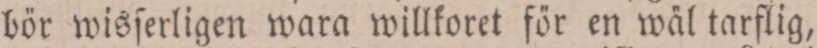
bör wisſerligen wara willkoret för en wäl tarflig,